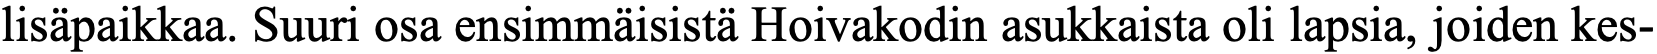
lisäpaikkaa. Suuri osa ensimmäisistä Hoivakodin asukkaista oli lapsia, joiden kes-